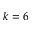
k = 6